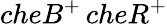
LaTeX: cheB^{+}\, cheR^{+}